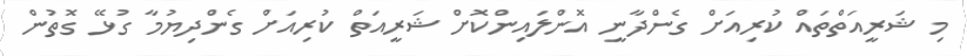
މި ޝަރީއަތްތައް ކުރިއަށް ގެންދާނީ އޮންލައިންކޮށް ޝަރީއަތް ކުރިއަށް ގެންދިޔުމާ ގުޅޭ ގޮތުން